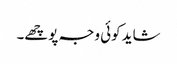
شاید کوئی وجہ پوچھے۔